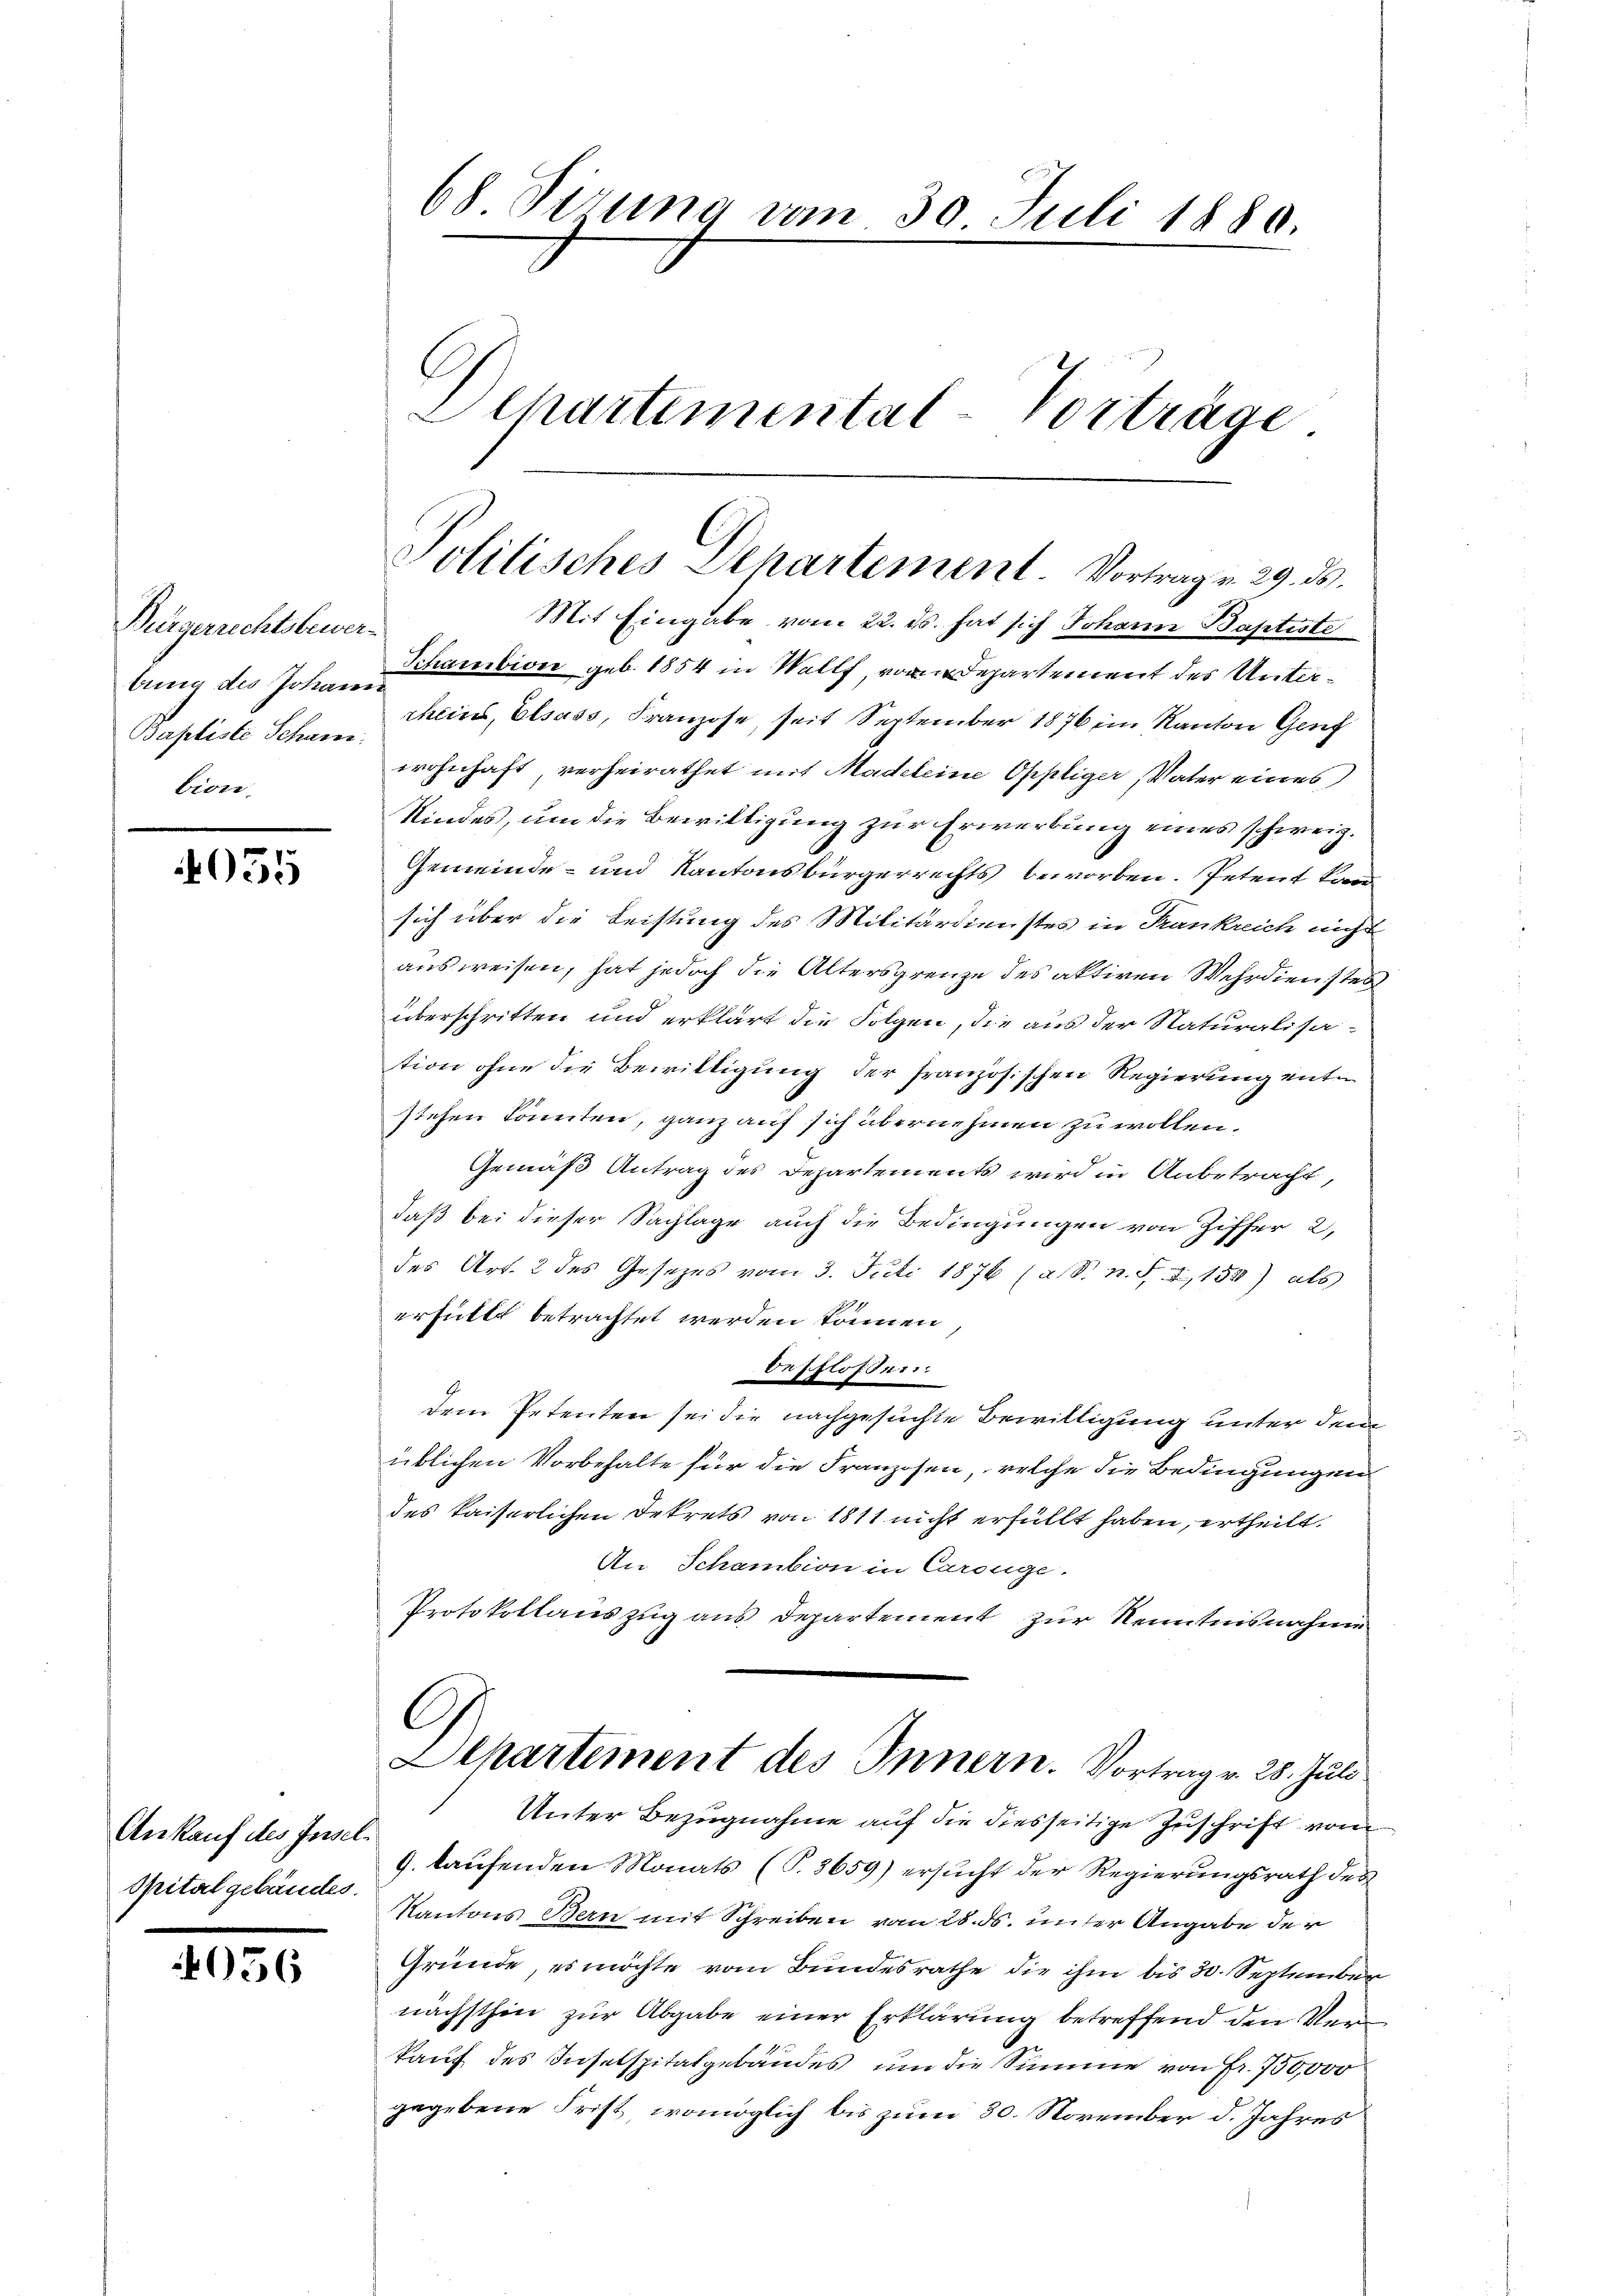
Bürgerrechtsbewer
bung des Johann
Baptiste Scham
bion.

4055

Ankauf des Insel¬
Spitalgebäudes.

056

68 Firung vom 30. Juli 1880.
Dchartemental-Vorträge

Politisches Departement. Vortrag v. 29. d.

Mit Eingabe vom 22. ds. hat sich Johann Baptiste
Schambion geb. 1854 in Wallf von Departement des Unterrheins, Elsass, Franzose, seit September 1876 im Kanton Genf
wohnhaft, verheirathet mit Madeleine Oppliger Vater eines
Kindes, um die Bewilligung zur Erwerbung eines schweiz.
Gemeinde- und Kantonsbürgerrechts beworben. Petent Land
sich über die Leistung des Militärdienstes in Krankreich nicht
ausweisen, hat jedoch die Altersgrenze des aktiven Wehrdienstes
überschritten und erklärt die Folgen, die aus der Naturalisa-
tion ohne die Bewilligung der französischen Regierung entw
stehen könnten, ganz auf sich übernehmen zu wollen.
Gemäß Antrag des Departements wird in Anbetracht,
daß bei dieser Sachlage auch die Bedingungen von Ziffer 2,
des Art. 2 des Gesetzes vom 3. Juli 1876 (a. S. n. F. 2, 150) als
erfüllt betrachtet werden können
beschlossen
dem Petenten sei die nachgesuchte Bewilligung unter dem
üblichen Vorbehalte für die Franzosen, welche die Bedingungen
des kaiserlichen Dekrets von 1811 nicht erfüllt haben, ertheilt.
An Schambion in Carouge.
Protokollauszug aus Departement zur Kenntnisnahme
C
Elhartement des Innern. Vortrag v. 28. Juli
Unter Bezugnahme auf die diesseitige Zuschrift vom
9. laufenden Monats (T.3659) ersucht der Regierungsrath des
Kantons Bern mit Schreiben vom 28. ds. unter Angabe der
Gründe, es möchte vom Bundesrathe die ihm bis 30. September
nächsthin zur Abgabe einer Erklärung betreffend den Verkauf des Inselspitalgebäudes um die Summe von Fr. 750,000
gegebene Frist, womöglich bis zum 30. November d. Jahres